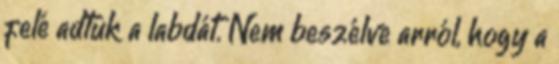
felé adtuk a labdát. Nem beszélve arról, hogy a